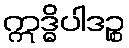
ဣဒ္ဓိပါဒဉ္စ